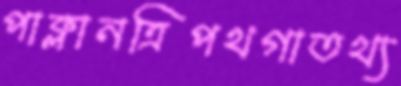
পাক্‌লানত্রিপথগাতথ্য